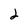
Character: 2